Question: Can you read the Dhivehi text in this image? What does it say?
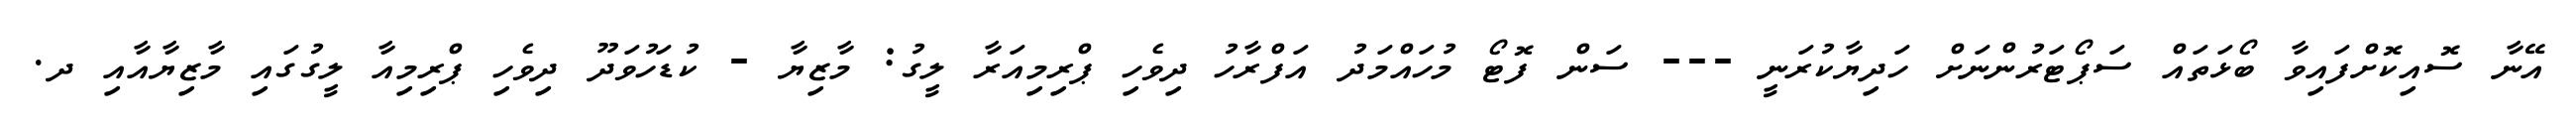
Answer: އޭނާ ސޮއިކޮށްފައިވާ ބޯޅަތައް ސަޕޯޓަރުންނަށް ހަދިޔާކުރަނީ --- ސަން ފޮޓޯ މުހައްމަދު އަފްރާހު ދިވެހި ޕްރިމިއަރާ ލީގު: މާޒިޔާ - ކުޑަހުވަދޫ ދިވެހި ޕްރިމިއާ ލީގުގައި މާޒިޔާއާއި ދ.